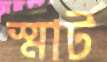
স্মার্ট